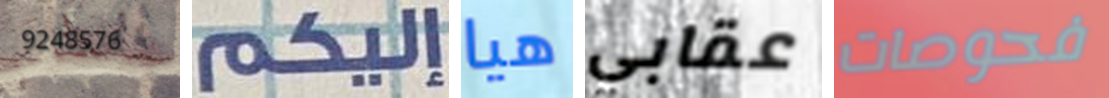
9248576 إليكم هيا عقابي فحوصات